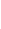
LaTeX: Z\! \! \! \! \! \! \! \! \! \! \! \! _{\! }\! \! \! \! \! \! \! \! \! \! \! 1\! \! \! \! \! \! \! \! \! \! \! \! (\! \! \! \! \! \! \! \! \! \! \! \! \cdot\! \! \! \! \! \! \! \! \! \! \! \! ;\! \! \! \! \! \! \! \! \! \! \! \! \delta\! \! \! \! \! \! \! \! \! \! \! \! )\! \! \! \! \! \! \! \! \! \! \! \! =Z\! \! \! \! \! \! \! \! \! \! \! \! (\! \! \! \! \! \! \! \! \! \! \! \! \cdot\! \! \! \! \! \! \! \! \! \! \! \! ;\! \! \! \! \! \! \! \! \! \! \! \! \lambda\! \! \! \! \! \! \! \! \! \! \! \! _{\! }\! \! \! \! \! \! \! \! \! \! \! 0\! \! \! \! \! \! \! \! \! \! \! \! +\! \! \! \! \! \! \! \! \! \! \! \! \delta\! \! \! \! \! \! \! \! \! \! \! \! )\! \! \! \! \! \! \! \! \! \! \! \! -Z\! \! \! \! \! \! \! \! \! \! \! \! (\! \! \! \! \! \! \! \! \! \! \! \! \cdot\! \! \! \! \! \! \! \! \! \! \! \! ;\! \! \! \! \! \! \! \! \! \! \! \! \lambda\! \! \! \! \! \! \! \! \! \! \! \! _{\! }\! \! \! \! \! \! \! \! \! \! \! 0\! \! \! \! \! \! \! \! \! \! \! \! )\! \! \! \! \! \! \! \! \! \! \!